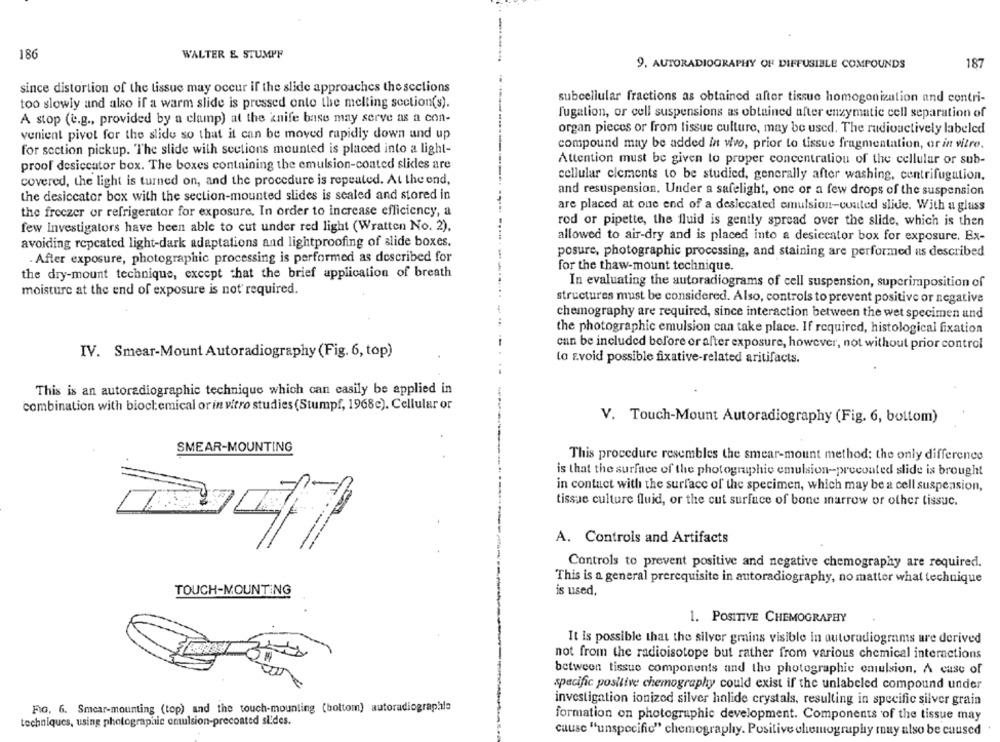
186
WALTER & STUMPF
9. AUTORADIOGRAPHY OF DIFFUSIBLE COMPOUNDS
187
since distortion of the tissue may occur if the slide approaches the sections
too slowly and also if a warm slide is pressed onto the melting section(s).
subcellular fractions as obtained after tissue homogenization and contri-
A stop (e.g ., provided by a clamp) at the knife base may serve as a con-
fugation, or cell suspensions as obtained after enzymatic cell separation of
organ pieces or from tissue culture, may be used. The rudiouctively labeled
venient pivot for the slide so that it can be moved rapidly down und up
compound may be added in vivo, prior to tissue fragmentation, or in vitro.
for section pickup. The slide with sections mounted is placed into a light-
Attention must be given to proper concentration of the cellular or sub-
proof desiccator box. The boxes containing the emulsion-coated slides are
cellular ciements to be studied, generally after washing, centrifugation,
covered, the light is turned on, and the procedure is repeated. At the end,
and resuspension. Under a safelight, one or a few drops of the suspension
the desiccator box with the section-mounted slides is sealed and stored in
are placed at one end of a desiccated emulsion-coated slide. With a glass
the freezer or refrigerator for exposure. In order to increase efficiency, a
rod or pipette, the fluid is gently spread over the slide, which is then
few Investigators have been able to cut under red light (Wratten No. 2).
allowed to air-dry and is placed into a desiccator box for exposure. Ex-
avoiding repeated light-dark adaptations and lightproofing of slide boxes.
posure, photographic processing, and staining are performed as described
. After exposure, photographic processing is performed as described for
for the thaw-mount technique.
the dry-mount technique, except that the brief application of breath
In evaluating the autoradiograms of cell suspension, superimposition of
moisture at the end of exposure is not' required.
structures must be considered. Also, controls to prevent positive or negative
chemography are required, since interaction between the wet specimen and
the photographic emulsion can take place. If required, histological fixation
can be included before or after exposure, however, not without prior control
IV. Smear-Mount Autoradiography (Fig. 6, top)
to avoid possible fixative-related aritifacts.
This is an autoradiographic technique which can easily be applied in
combination with biochemical or in vitro studies (Stumpf, 1968e). Cellular or
V. Touch-Mount Autoradiography (Fig. 6, bottom)
SMEAR-MOUNTING
This procedure resembles the smear-mount method: the only difference
is that the surface of the photographic emulsion-precoated slide is brought
in contact with the surface of the specimen, which may be a cell suspension,
tissue culture fluid, or the cut surface of bone marrow or other tissuc.
A. Controls and Artifacts
Controls to prevent positive and negative chemography are required.
This is a general prerequisite in autoradiography, no matter what technique
TOUCH-MOUNTING
is used.
1. POSITIVE CHEMOGRAPHY
It is possible that the silver grains visible in autoradiograms are derived
not from the radioisotope but rather from various chemical interactions
between tissue components and the photographie emulsion. A case of
specific positive chemography could exist if the unlabeled compound under
investigation ionized silver halide crystals, resulting in specific silver grain
FIG. 6. Smear-mounting (top) and the touch-mounting (bottom) autoradiographie
formation on photographic development. Components of the tissue may
techniques, using photographie emulsion-precoated sides.
cause "unspecific" chemography. Positive cheiography may also be caused